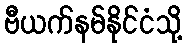
ဗီယက်နမ်နိုင်ငံသို့